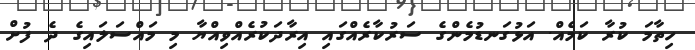
ހިތާމަ ކުރާ ކަމެއް. އަޅުގަނޑުމެންގެ ސަރުކާރެއްގައި އިރާދަކުރެއްވިއްޔާ މި މައްސަލައިގެ ދެ ފުށް